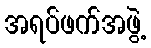
အရပ်ဖက်အဖွဲ့